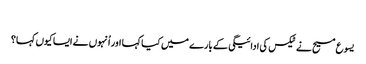
‏
یسوع مسیح نے ٹیکس کی ادائیگی کے بارے میں کیا کہا اور اُنہوں نے ایسا کیوں کہا؟